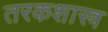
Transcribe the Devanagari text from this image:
तरकशास्त्र